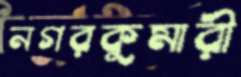
নগরকুমারী